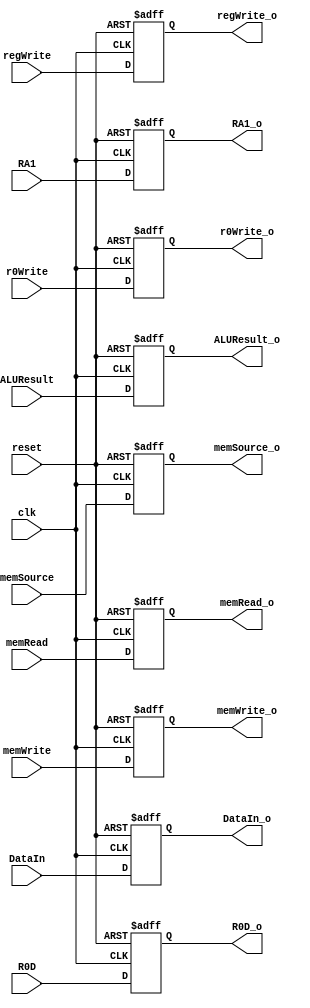
module EXMEMBuffer(clk,reset,regWrite,r0Write,memRead,memWrite,memSource,RA1,ALUResult,DataIn,R0D,regWrite_o,r0Write_o,memRead_o,memWrite_o,memSource_o,RA1_o,ALUResult_o,DataIn_o,R0D_o);
	input clk,reset,regWrite,r0Write,memRead,memWrite,memSource;
	input[3:0] RA1;
	input[15:0] ALUResult,DataIn,R0D;

	output reg regWrite_o,r0Write_o,memRead_o,memWrite_o,memSource_o;
	output reg[3:0] RA1_o;
	output reg[15:0] ALUResult_o,DataIn_o,R0D_o;

	always @(posedge clk or negedge reset) begin
		if (!reset) begin
			regWrite_o <= 0;
			r0Write_o <= 0;
			memRead_o <= 0;
			memWrite_o <= 0;
			memSource_o <= 0;
			RA1_o <= 0;
			ALUResult_o <= 0;
			DataIn_o <= 0;
			R0D_o <= 0;
		end
		else begin
			regWrite_o <= regWrite;
			r0Write_o <= r0Write;
			memRead_o <= memRead;
			memWrite_o <= memWrite;
			memSource_o <= memSource;
			RA1_o <= RA1;
			ALUResult_o <= ALUResult;
			DataIn_o <= DataIn;
			R0D_o <= R0D;
		end
	end
endmodule